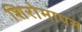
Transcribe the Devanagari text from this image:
शिरोमापन